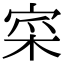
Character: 寀